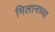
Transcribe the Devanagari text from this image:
मिलानच्या